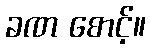
ခဏ စောင့်။